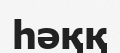
һәққ